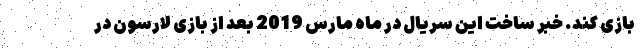
بازی کند. خبر ساخت این سریال در ماه مارس 2019 بعد از بازی لارسون در